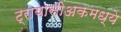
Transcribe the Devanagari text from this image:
ट्रायासीअकमध्ये